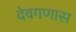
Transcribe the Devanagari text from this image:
देवगणास